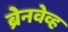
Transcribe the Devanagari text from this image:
ब्रेनवेव्ह